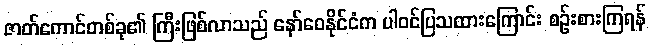
ဇာတ်ကောင်တစ်ခု၏ ကြီးဖြစ်လာသည် နော်ဝေနိုင်ငံက ပါဝင်ပြသထားကြောင်း စဉ်းစားကြရန်